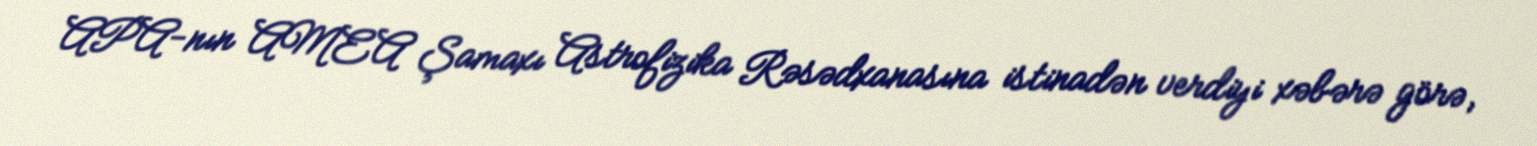
APA-nın AMEA Şamaxı Astrofizika Rəsədxanasına istinadən verdiyi xəbərə görə,